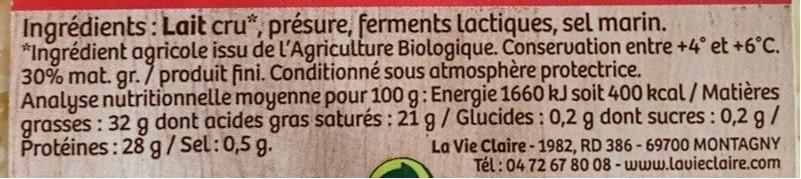
Ingrédients: Lait cru*, présure, ferments lactiques, sel marin. *Ingrédient agricole issu de l'Agriculture Biologique. Conseruation entre +4° et +6°C. 30% mat. gr. 7 produit fini. Conditionné sous atmosphère protectrice. Analyse nutritionnelle moyenne pour 100 g: Energie 1660 kJ soit 400 kcal / Matières grasses : 32 g dont acides gras saturés : 21 g/Glucides: 0,2 g dont sucres : 0,2 g/ Protéines : 28 g /Sel:0,5 g.
La Vie Claire - 1982, RD 386 - 69700 MONTAGNY Tél:04 72 67 80 08 - www.lavieclaire.com